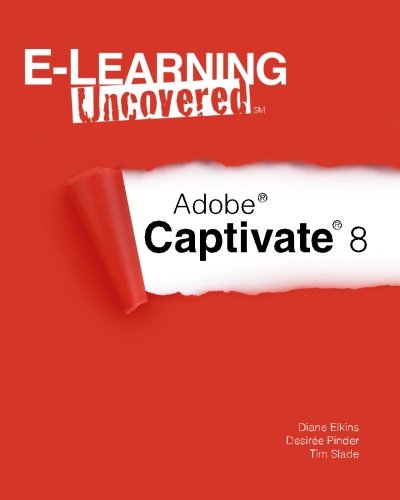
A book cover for E-Learning Uncovered: Adobe Captivate 8; Diane Elkins; Business & Money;